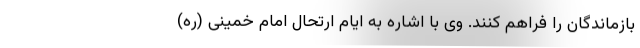
بازماندگان را فراهم کنند. وی با اشاره به ایام ارتحال امام خمینی (ره)